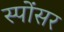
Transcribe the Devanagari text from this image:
स्पोंसर